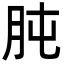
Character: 肫